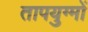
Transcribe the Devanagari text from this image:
तापयुग्मों